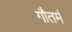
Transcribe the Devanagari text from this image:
गौतमं